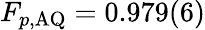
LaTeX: F_{p,\mathrm{AQ}}=0.979(6)